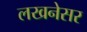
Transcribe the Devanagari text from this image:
लखनेसर